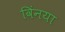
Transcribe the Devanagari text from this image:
विंनया